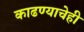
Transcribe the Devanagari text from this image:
काढण्याचेही